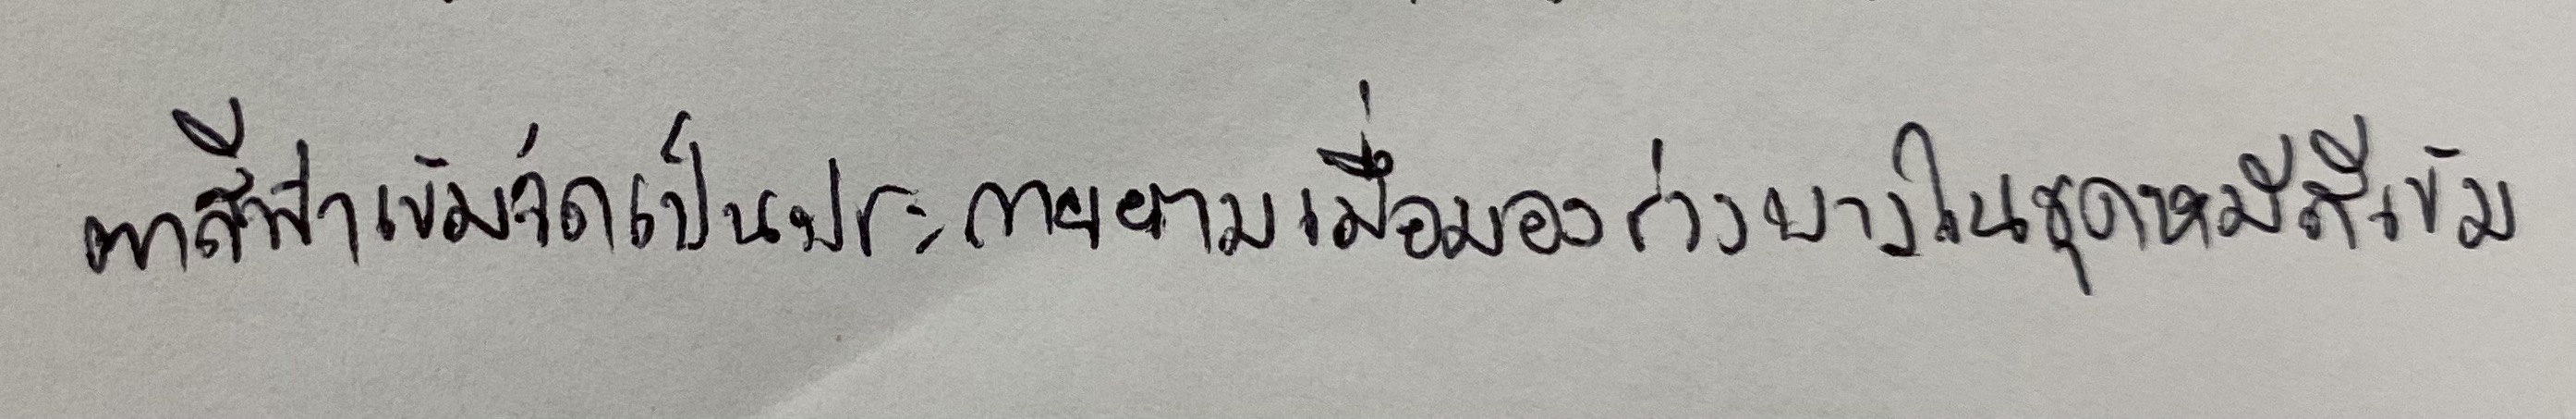
ตาสีฟ้าเข้มจัดเป็นประกายยามเมื่อมองร่างบางในชุดหมีสีเข้ม